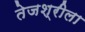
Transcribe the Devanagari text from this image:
तेजश्रीला